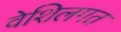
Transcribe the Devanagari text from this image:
वेशिलगत